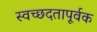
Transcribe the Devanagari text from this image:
स्वच्छदतापूर्वक